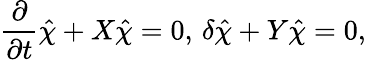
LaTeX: \frac{\partial}{\partial t}\hat{\chi}+X\hat{\chi}=0,\, \delta\hat{\chi}+Y\hat{\chi}=0,